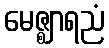
မေဇ္ဈာရညံ